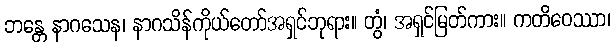
ဘန္တေ နာဂသေန၊ နာဂသိန်ကိုယ်တော်အရှင်ဘုရား။ တွံ၊ အရှင်မြတ်ကား။ ကတိဝေဿာ၊